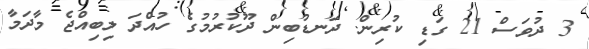
3 ދުވަސް 21 ގަޑި ކުރިން. ދަނޑުބިން ދޫކުރުމުގެ ހުއްދަ ލިބިއްޖެ މާދަމާ